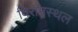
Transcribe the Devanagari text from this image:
विरामस्थल